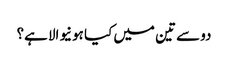
دو سے تین میں کیا ہونیوالا ہے؟